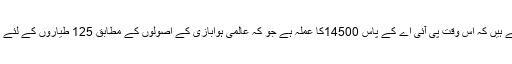
پارلیمانی سیکرٹری راجہ جاوید اخلاص ،حالیہ دنوں میں قومی اسمبلی میں اعتراف کر چکے ہیں کہ اس وقت پی آئی اے کے پاس 14500کا عملہ ہے جو کہ عالمی ہوابازی کے اصولوں کے مطابق 125 طیاروں کے لئے کافی ہے جبکہ پی آئی اے کے پاس اپنے اور لیز پر لئے گئے کل ملا کر 38 طیارے ہیں۔